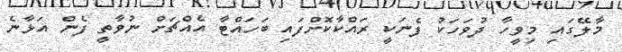
މާލޭގައި މިވީހާ ދުވަހަކު ފެނަކީ ރައްކާކޮށްފައި ބަހައްޓާ އެއްޗަށް ނުވާތީ ފެން އަޅާނެ